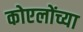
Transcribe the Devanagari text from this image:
कोएलोंच्या